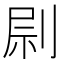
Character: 𠝑